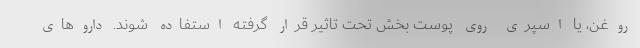
روغن، یا اسپری روی پوست بخش تحت تاثیر قرار گرفته استفاده شوند. داروهای